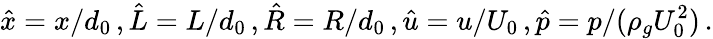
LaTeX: \hat{x}=x/d_{0}\, ,\hat{L}=L/d_{0}\, ,\hat{R}=R/d_{0}\, ,\hat{u}=u/U_{0}\, ,\hat{p}=p/(\rho_{g}U_{0}^{2})\, .